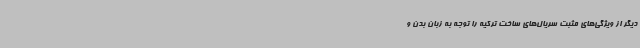
دیگر از ویژگی‌های مثبت سریال‌های ساخت ترکیه را توجه به زبان بدن و